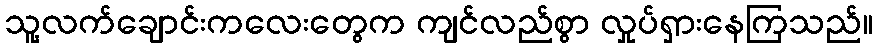
သူ့လက်ချောင်းကလေးတွေက ကျင်လည်စွာ လှုပ်ရှားနေကြသည်။